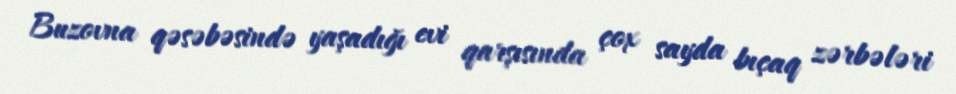
Buzovna qəsəbəsində yaşadığı evi qarşısında çox sayda bıçaq zərbələri